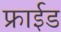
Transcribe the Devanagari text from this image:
फ्राईड